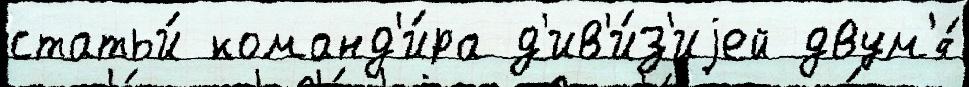
статьи́ команд'и́ра д'ив'и́з'иjей двум'я́